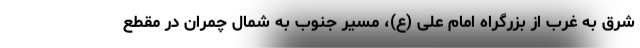
شرق به غرب از بزرگراه امام علی (ع)، مسیر جنوب به شمال چمران در مقطع